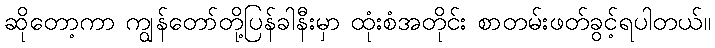
ဆိုတော့ကာ ကျွန်တော်တို့ပြန်ခါနီးမှာ ထုံးစံအတိုင်း စာတမ်းဖတ်ခွင့်ရပါတယ်။